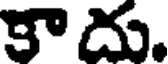
కా దు.